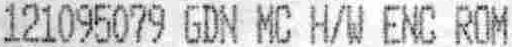
121095079 GDN MC H/W ENC ROM